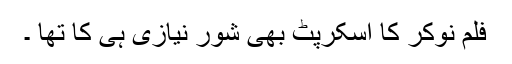
فلم نوکر کا اسکرپٹ بھی شور نیازی ہی کا تھا ۔